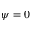
\psi = 0